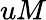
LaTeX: uM